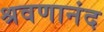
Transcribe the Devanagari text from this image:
श्रवणानंद